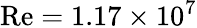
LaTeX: \mathrm{{Re=1}}\mathrm{{.17}}\times{10^{7}}